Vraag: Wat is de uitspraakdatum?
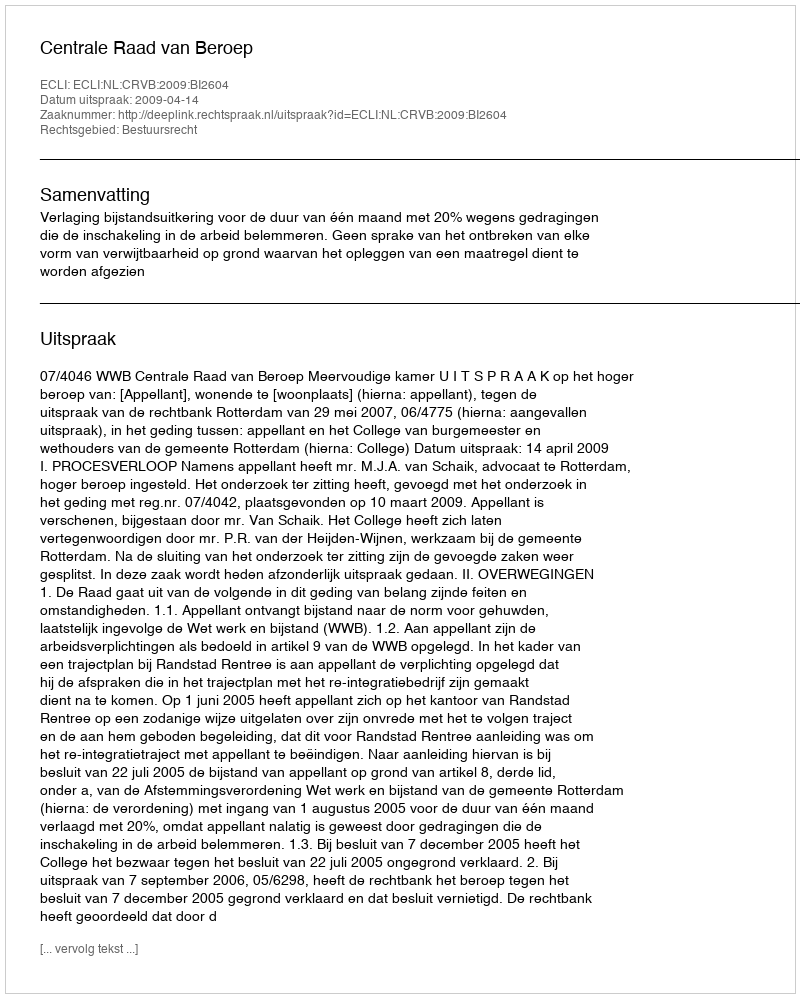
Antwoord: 2009-04-14